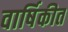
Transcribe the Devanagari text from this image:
वार्षिकीत